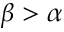
\beta > \alpha